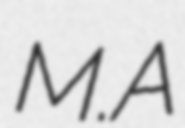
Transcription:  M.A